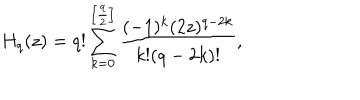
H _ { q } ( z ) = q ! \sum _ { k = 0 } ^ { \left[ \frac q 2 \right] } \frac { ( - 1 ) ^ { k } ( 2 z ) ^ { q - 2 k } } { k ! ( q - 2 k ) ! } ,